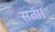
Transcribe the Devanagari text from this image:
सता।